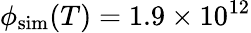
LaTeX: \phi_{\mathrm{sim}}(T)=1.9\times 10^{12}